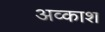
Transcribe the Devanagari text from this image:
अव्काश